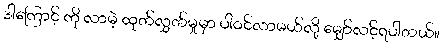
ဒါကြောင့် ကို လာမဲ့ ထုတ်လွှတ်မှုမှာ ပါဝင်လာမယ်လို့ မျှော်လင့်ရပါတယ်။